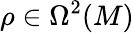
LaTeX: \rho\in\Omega^{2}(M)